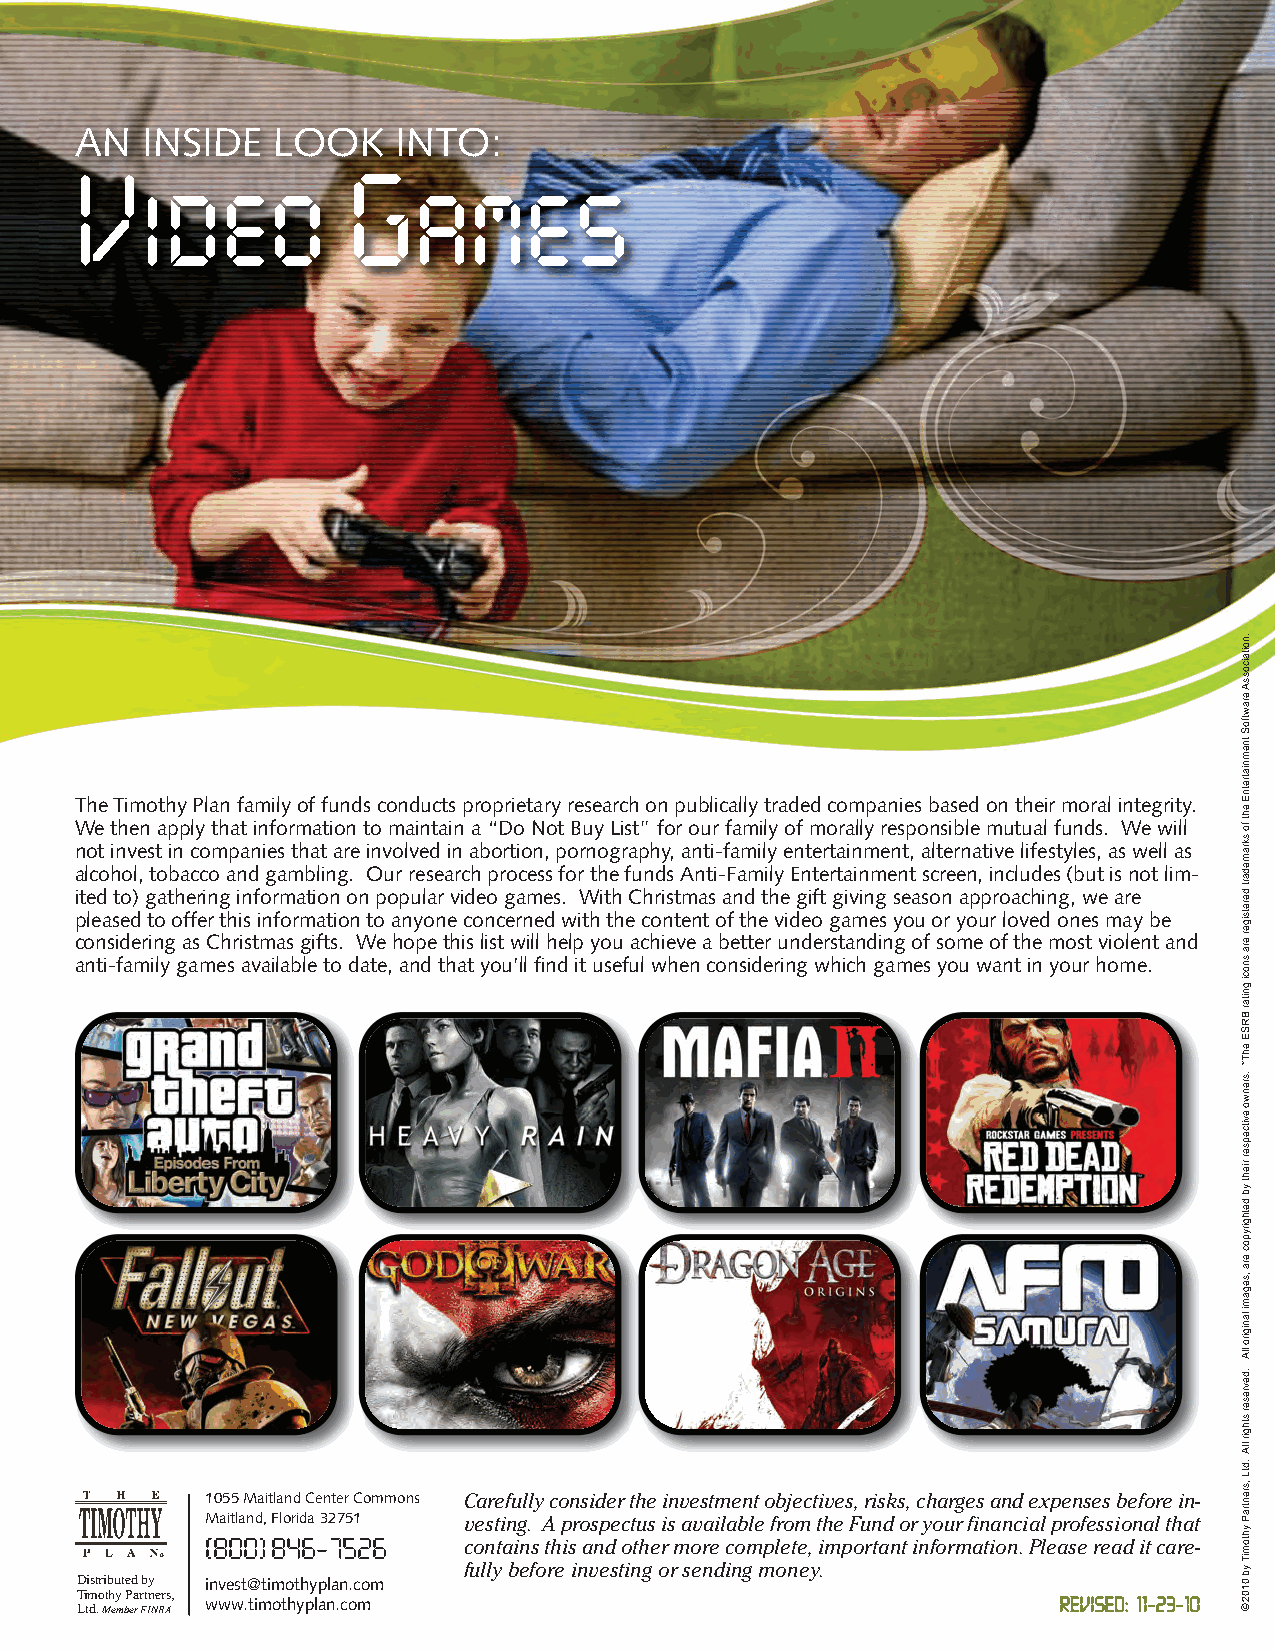
AN  INSIDE   LOOK    INTO:
 Video             Games
 The Timothy Plan family of funds conducts proprietary research on publically traded companies based on their moral integrity.
 We then apply that information to maintain a “Do Not Buy List” for our family of morally responsible mutual funds. We will
 not invest in companies that are involved in abortion, pornography, anti-family entertainment, alternative lifestyles, as well as
 alcohol, tobacco and gambling. Our research process for the funds Anti-Family Entertainment screen, includes (but is not lim-
 ited to) gathering information on popular video games. With Christmas and the gift giving season approaching, we are
 pleased to offer this information to anyone concerned with the content of the video games you or your loved ones may be
 considering as Christmas gifts. We hope this list will help you achieve a better understanding of some of the most violent and
 anti-family games available to date, and that you’ll find it useful when considering which games you want in your home.
 1055 Maitland Center Commons Carefully consider the investment objectives, risks, charges and expenses before in-
 Maitland, Florida 32751
 vesting. A prospectus is available from the Fund or your financial professional that
 (800) 846-7526   contains this and other more complete, important information. Please read it care-
 fully before investing or sending money.
 Distributed by invest@timothyplan.com
 Timothy Partners,
 www.timothyplan.com                                     REVISED: 11-23-10
 Ltd. Member FINRA
 .noitaicossA
 erawtfoS
 tnemniatretnE
 eht
 fo
 skramedart
 deretsiger
 era
 snoci
 gnitar
 BRSE
 ehT*
 .srenwo
 evitcepser
 rieht
 yb
 dethgirypoc
 era
 ,segami
 lanigiro
 llA
 .devreser
 sthgir
 llA
 .dtL
 ,srentraP
 yhtomiT
 yb
 0102
 ©